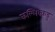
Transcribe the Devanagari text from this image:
कल्लिक्कडु